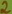
Text: 2